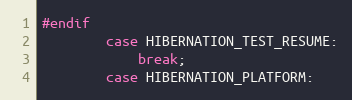
Language: C
#endif
		case HIBERNATION_TEST_RESUME:
			break;
		case HIBERNATION_PLATFORM: